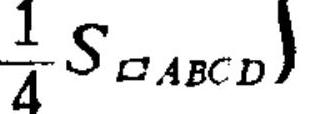
$\frac{1}{4}S_{\square ABCD})$